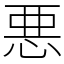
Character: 悪